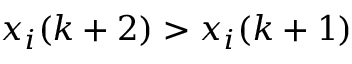
x _ { i } ( k + 2 ) > x _ { i } ( k + 1 )